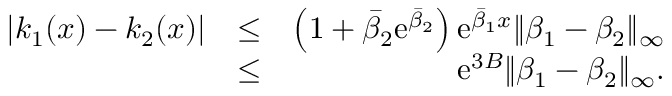
\begin{array} { r l r } { | k _ { 1 } ( x ) - k _ { 2 } ( x ) | } & { \leq } & { \left( 1 + \bar { \beta } _ { 2 } \mathrm { e } ^ { \bar { \beta } _ { 2 } } \right) \mathrm { e } ^ { \bar { \beta } _ { 1 } x } \| \beta _ { 1 } - \beta _ { 2 } \| _ { \infty } } \\ & { \leq } & { \mathrm { e } ^ { 3 B } \| \beta _ { 1 } - \beta _ { 2 } \| _ { \infty } . } \end{array}